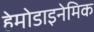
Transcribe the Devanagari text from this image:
हेमोडाइनेमिक